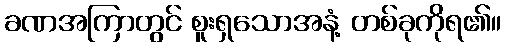
ခဏအကြာတွင် စူးရှသောအနံ့ တစ်ခုကိုရ၏။